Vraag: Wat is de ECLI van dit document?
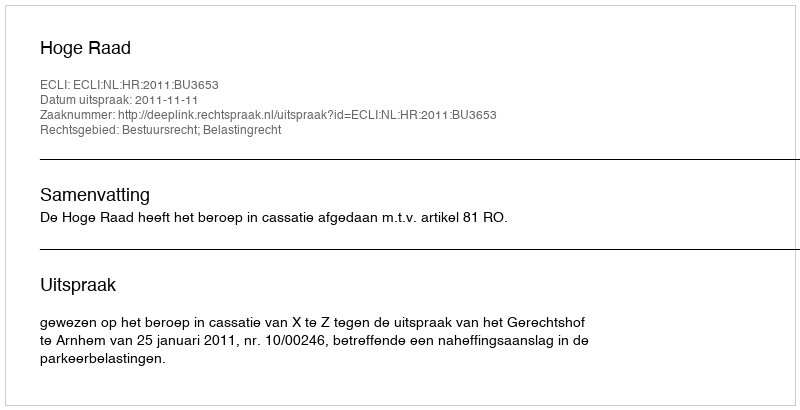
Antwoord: ECLI:NL:HR:2011:BU3653